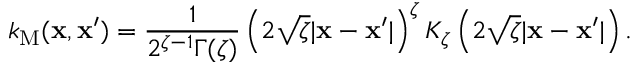
k _ { \mathrm { M } } ( \mathbf { x } , \mathbf { x } ^ { \prime } ) = \frac { 1 } { 2 ^ { \zeta - 1 } \Gamma ( \zeta ) } \left( 2 \sqrt { \zeta } | \mathbf { x } - \mathbf { x } ^ { \prime } | \right) ^ { \zeta } K _ { \zeta } \left( 2 \sqrt { \zeta } | \mathbf { x } - \mathbf { x } ^ { \prime } | \right) .